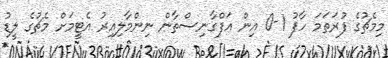
މިމެޗުގެ ފުރަތަމަ ހާފު 1-0 އިން އަފްގާނިސްތާން ނިންމާލިއިރު އެޓީމަށް މެޗުގެ ލީޑު